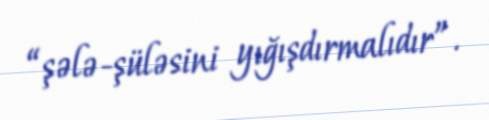
“şələ-şüləsini yığışdırmalıdır”.